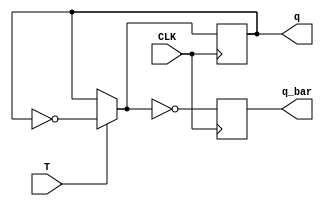
// SM : Task 1 B : Sequential Circuit

/*
Instructions
-------------------
Students are not allowed to make any changes in the Module declaration.
This file is used to design T Flip Flop (Positive edge triggered).

Recommended Quartus Version : 19.1
The submitted project file must be 19.1 compatible as the evaluation will be done on Quartus Prime Lite 19.1.

Warning: The error due to compatibility will not be entertained.
			
-------------------
*/

//T Flip Flop design
//Inputs  : T and CLK 
//Outputs : q and q_bar

//////////////////DO NOT MAKE ANY CHANGES IN MODULE//////////////////
module T_ff (T, CLK, q, q_bar);

input T, CLK;					//INPUT T and CLK
output reg q = 0;				//OUTPUT q
output reg q_bar = 1;		//OUTPUT q_bar


always @(posedge CLK)
////////////////////////WRITE YOUR CODE FROM HERE//////////////////// 
begin
if (T) begin
 q=~q;           
 end else
 begin
 q=q;                        
 end
 begin
 q_bar=~q;
end 
 end

	
	

////////////////////////YOUR CODE ENDS HERE//////////////////////////
endmodule
///////////////////////////////MODULE ENDS///////////////////////////